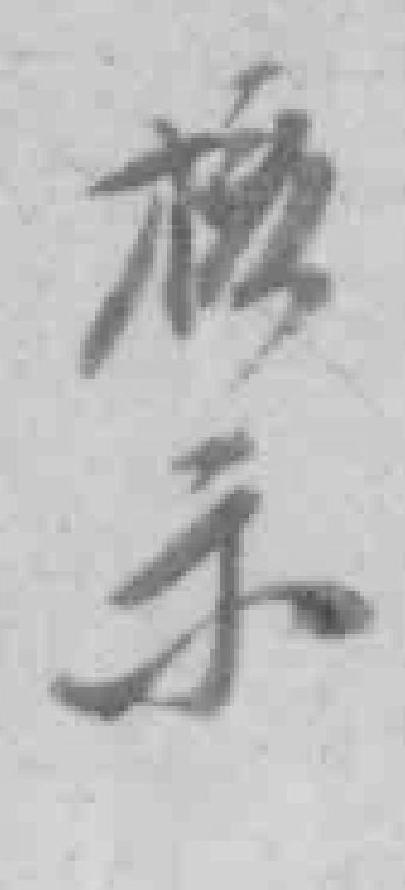
核示